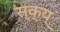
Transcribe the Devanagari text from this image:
स्क्य्